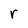
Character: r